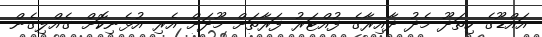
އައްޑޫގެ ހިތަދޫ މެދު ދާއިރާގެ ފުއްޓަރު ފަރާތަށް މޫދަށް އެރި އުޅެނިކޮށް ގެއްލިގެން